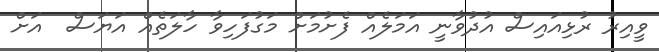
ވީއިރު ރުޅިއައިސް އުދުވާނީ އަމަލެއް ފެށުމަށް މަގުފަހިވާ ހާލަތެއް އަޔަސް  އަށް